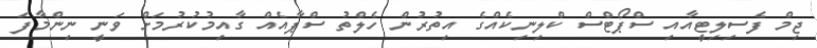
ޖިމް ފެސިލިޓީއާއި ސްޕޯޓްސް ކްލިނިކެއްގެ އިތުރުން ހެލްތު ސްޕާއެއް ގާއިމުކުރުމަށް ވަނީ ނިންމާފަ